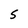
Character: S